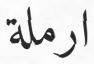
ارملة